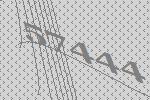
57444